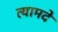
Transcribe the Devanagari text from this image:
त्यामदे